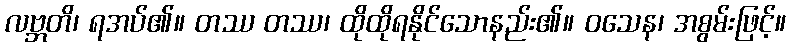
လဗ္ဘတိ၊ ရအပ်၏။ တဿ တဿ၊ ထိုထိုရနိုင်သောနည်း၏။ ဝသေန၊ အစွမ်းဖြင့်။